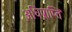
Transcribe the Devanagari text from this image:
अधिप्राप्‍ति